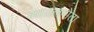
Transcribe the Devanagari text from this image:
सातलपोता